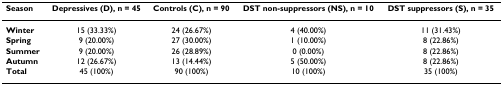
<table><thead><tr><td><b>Season</b></td><td><b>Depressives (D), n = 45</b></td><td><b>Controls (C), n = 90</b></td><td><b>DST non-suppressors (NS), n = 10</b></td><td><b>DST suppressors (S), n = 35</b></td></tr></thead><tbody><tr><td><b>Winter</b></td><td>15 (33.33%)</td><td>24 (26.67%)</td><td>4 (40.00%)</td><td>11 (31.43%)</td></tr><tr><td><b>Spring</b></td><td>9 (20.00%)</td><td>27 (30.00%)</td><td>1 (10.00%)</td><td>8 (22.86%)</td></tr><tr><td><b>Summer</b></td><td>9 (20.00%)</td><td>26 (28.89%)</td><td>0 (0.00%)</td><td>8 (22.86%)</td></tr><tr><td><b>Autumn</b></td><td>12 (26.67%)</td><td>13 (14.44%)</td><td>5 (50.00%)</td><td>8 (22.86%)</td></tr><tr><td><b>Total</b></td><td>45 (100%)</td><td>90 (100%)</td><td>10 (100%)</td><td>35 (100%)</td></tr></tbody></table>